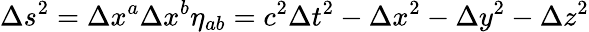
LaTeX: \Delta s^{2}=\Delta x^{a}\Delta x^{b}\eta_{ab}=c^{2}\Delta t^{2}-\Delta x^{2}-\Delta y^{2}-\Delta z^{2}